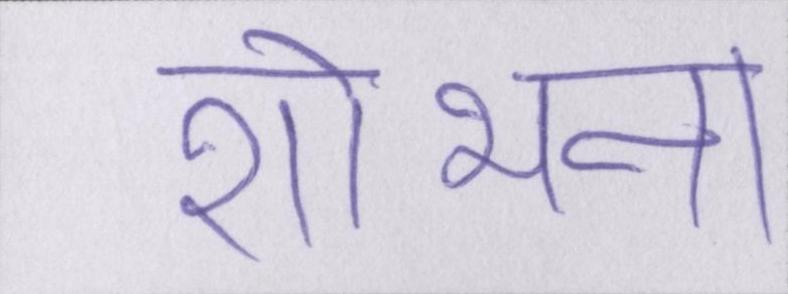
शोभना